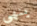
ينهى